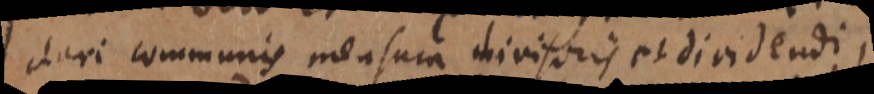
dari communis mensura divisoris et dividendi,